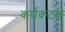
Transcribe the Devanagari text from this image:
कर्णकटक